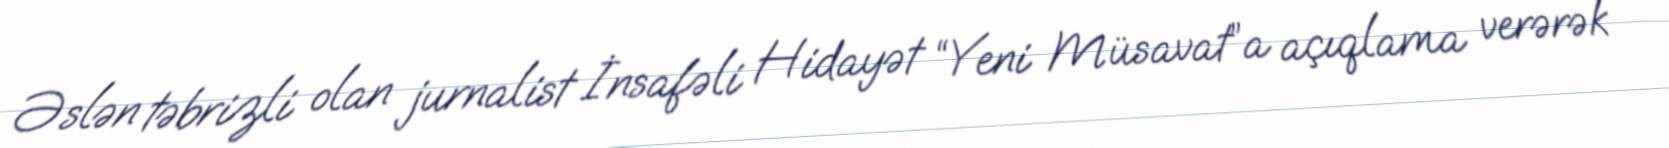
Əslən təbrizli olan jurnalist İnsafəli Hidayət “Yeni Müsavat”a açıqlama verərək